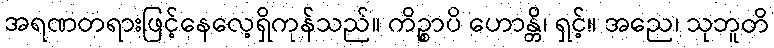
အရဏတရားဖြင့်နေလေ့ရှိကုန်သည်။ ကိဉ္စာပိ ဟောန္တိ၊ ရှင့်။ အညေ၊ သုဘူတိ